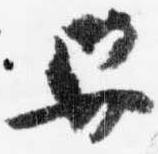
舁